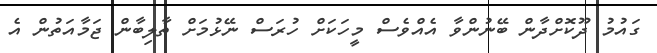
ގައުމު ދޫކޮށްދާން ބޭނުންވާ އެއްވެސް މީހަކަށް ހުރަސް ނޭޅުމަށް ތާލިބާން ޖަމާއަތުން އެ